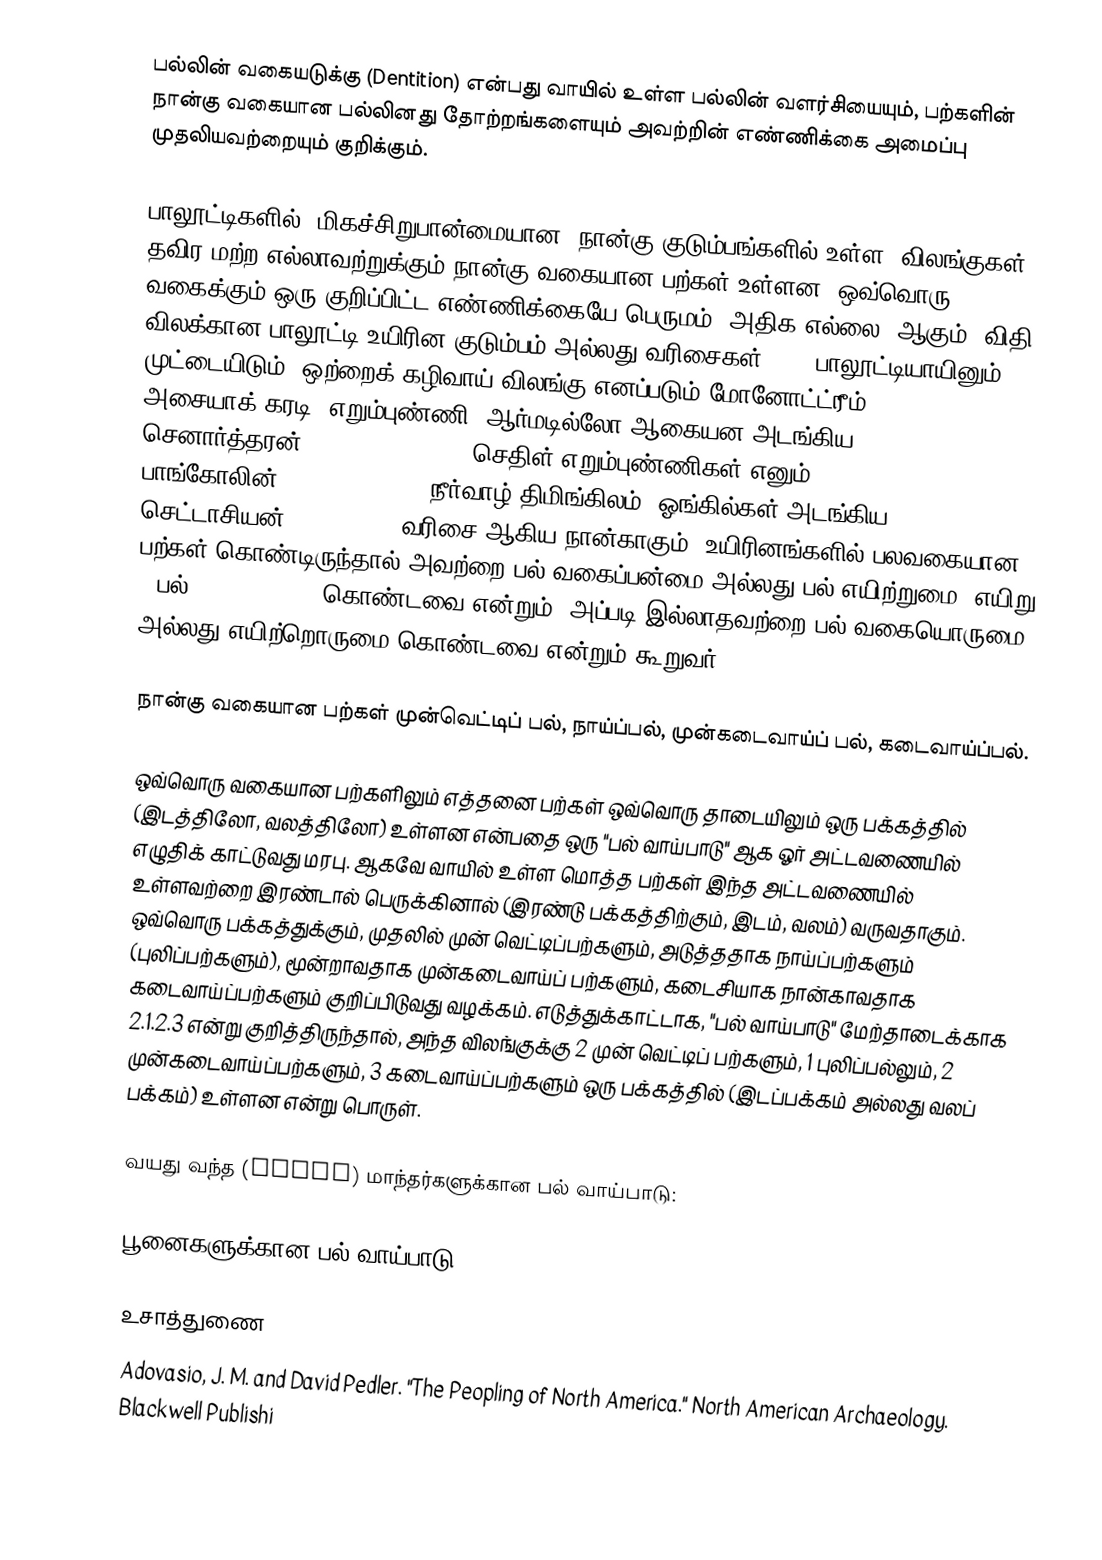
பல்லின் வகையடுக்கு (Dentition) என்பது வாயில் உள்ள பல்லின் வளர்சியையும், பற்களின் நான்கு வகையான பல்லினது தோற்றங்களையும் அவற்றின் எண்ணிக்கை அமைப்பு முதலியவற்றையும் குறிக்கும்.

பாலூட்டிகளில், மிகச்சிறுபான்மையான, நான்கு குடும்பங்களில் உள்ள, விலங்குகள் தவிர மற்ற எல்லாவற்றுக்கும் நான்கு வகையான பற்கள் உள்ளன. ஒவ்வொரு வகைக்கும் ஒரு குறிப்பிட்ட எண்ணிக்கையே பெருமம் (அதிக எல்லை) ஆகும். விதி விலக்கான பாலூட்டி உயிரின குடும்பம் அல்லது வரிசைகள்: (1) பாலூட்டியாயினும் முட்டையிடும், ஒற்றைக் கழிவாய் விலங்கு எனப்படும் மோனோட்ட்ரீம்(monotremes), (2) அசையாக் கரடி, எறும்புண்ணி, ஆர்மடில்லோ ஆகையன அடங்கிய செனார்த்தரன்(xenarthrans), (3) செதிள் எறும்புண்ணிகள் எனும் பாங்கோலின்(pangolins), (4) நீர்வாழ் திமிங்கிலம், ஓங்கில்கள் அடங்கிய செட்டாசியன்(cetaceans ) வரிசை ஆகிய நான்காகும். உயிரினங்களில் பலவகையான பற்கள் கொண்டிருந்தால் அவற்றை பல் வகைப்பன்மை அல்லது பல் எயிற்றுமை (எயிறு = பல்) (heterodont) கொண்டவை என்றும், அப்படி இல்லாதவற்றை பல் வகையொருமை அல்லது எயிற்றொருமை கொண்டவை என்றும் கூறுவர்.

நான்கு வகையான பற்கள் முன்வெட்டிப் பல், நாய்ப்பல், முன்கடைவாய்ப் பல், கடைவாய்ப்பல்.

ஒவ்வொரு வகையான பற்களிலும் எத்தனை பற்கள் ஒவ்வொரு தாடையிலும் ஒரு பக்கத்தில் (இடத்திலோ, வலத்திலோ) உள்ளன என்பதை ஒரு "பல் வாய்பாடு" ஆக ஓர் அட்டவணையில் எழுதிக் காட்டுவது மரபு. ஆகவே வாயில் உள்ள மொத்த பற்கள் இந்த அட்டவணையில் உள்ளவற்றை இரண்டால் பெருக்கினால் (இரண்டு பக்கத்திற்கும், இடம், வலம்) வருவதாகும். ஒவ்வொரு பக்கத்துக்கும், முதலில் முன் வெட்டிப்பற்களும், அடுத்ததாக நாய்ப்பற்களும் (புலிப்பற்களும்), மூன்றாவதாக முன்கடைவாய்ப் பற்களும், கடைசியாக நான்காவதாக கடைவாய்ப்பற்களும் குறிப்பிடுவது வழக்கம். எடுத்துக்காட்டாக, "பல் வாய்பாடு" மேற்தாடைக்காக 2.1.2.3 என்று குறித்திருந்தால், அந்த விலங்குக்கு 2 முன் வெட்டிப் பற்களும், 1 புலிப்பல்லும், 2 முன்கடைவாய்ப்பற்களும், 3 கடைவாய்ப்பற்களும் ஒரு பக்கத்தில் (இடப்பக்கம் அல்லது வலப் பக்கம்) உள்ளன என்று பொருள்.

வயது வந்த (adult) மாந்தர்களுக்கான பல் வாய்பாடு:

பூனைகளுக்கான பல் வாய்பாடு:

உசாத்துணை
Adovasio, J. M. and David Pedler. "The Peopling of North America." North American Archaeology. Blackwell Publishi